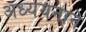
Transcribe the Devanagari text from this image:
अध्ययनाने